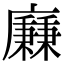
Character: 𢋯